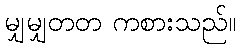
မျှမျှတတ ကစားသည်။